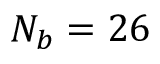
N _ { b } = 2 6